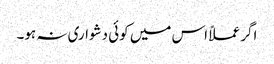
اگر عملاً اس میں کوئی دشواری نہ ہو۔